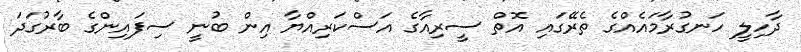
ދާހިލީ ހަނގުރާމައެއްގެ ތެރޭގައި އޮތް ސީރިއާގެ އަސްކަރިއްޔާ އިން ބުނީ ސިފައިންގެ ބާރުގަދަ